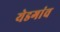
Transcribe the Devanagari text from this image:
येडगांव